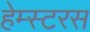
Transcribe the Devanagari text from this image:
हेम्स्टरस